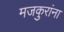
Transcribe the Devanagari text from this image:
मजकुरांना